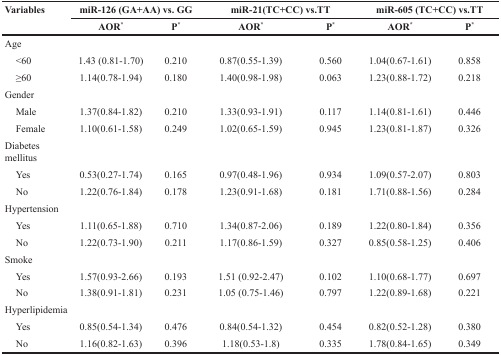
<table><thead><tr><td rowspan="2"><b>Variables</b></td><td colspan="2"><b>miR-126 (GA+AA) vs. GG</b></td><td colspan="2"><b>miR-21(TC+CC) vs.TT</b></td><td colspan="2"><b>miR-605 (TC+CC) vs.TT</b></td></tr><tr><td><b>AOR<sup>*</sup></b></td><td><b>P<sup>*</sup></b></td><td><b>AOR<sup>*</sup></b></td><td><b>P<sup>*</sup></b></td><td><b>AOR<sup>*</sup></b></td><td><b>P<sup>*</sup></b></td></tr></thead><tbody><tr><td>Age</td><td></td><td></td><td></td><td></td><td></td><td></td></tr><tr><td> &lt;60</td><td>1.43 (0.81-1.70)</td><td>0.210</td><td>0.87(0.55-1.39)</td><td>0.560</td><td>1.04(0.67-1.61)</td><td>0.858</td></tr><tr><td> ≥60</td><td>1.14(0.78-1.94)</td><td>0.180</td><td>1.40(0.98-1.98)</td><td>0.063</td><td>1.23(0.88-1.72)</td><td>0.218</td></tr><tr><td>Gender</td><td></td><td></td><td></td><td></td><td></td><td></td></tr><tr><td> Male</td><td>1.37(0.84-1.82)</td><td>0.210</td><td>1.33(0.93-1.91)</td><td>0.117</td><td>1.14(0.81-1.61)</td><td>0.446</td></tr><tr><td> Female</td><td>1.10(0.61-1.58)</td><td>0.249</td><td>1.02(0.65-1.59)</td><td>0.945</td><td>1.23(0.81-1.87)</td><td>0.326</td></tr><tr><td>Diabetes mellitus</td><td></td><td></td><td></td><td></td><td></td><td></td></tr><tr><td> Yes</td><td>0.53(0.27-1.74)</td><td>0.165</td><td>0.97(0.48-1.96)</td><td>0.934</td><td>1.09(0.57-2.07)</td><td>0.803</td></tr><tr><td> No</td><td>1.22(0.76-1.84)</td><td>0.178</td><td>1.23(0.91-1.68)</td><td>0.181</td><td>1.71(0.88-1.56)</td><td>0.284</td></tr><tr><td>Hypertension</td><td></td><td></td><td></td><td></td><td></td><td></td></tr><tr><td> Yes</td><td>1.11(0.65-1.88)</td><td>0.710</td><td>1.34(0.87-2.06)</td><td>0.189</td><td>1.22(0.80-1.84)</td><td>0.356</td></tr><tr><td> No</td><td>1.22(0.73-1.90)</td><td>0.211</td><td>1.17(0.86-1.59)</td><td>0.327</td><td>0.85(0.58-1.25)</td><td>0.406</td></tr><tr><td>Smoke</td><td></td><td></td><td></td><td></td><td></td><td></td></tr><tr><td> Yes</td><td>1.57(0.93-2.66)</td><td>0.193</td><td>1.51 (0.92-2.47)</td><td>0.102</td><td>1.10(0.68-1.77)</td><td>0.697</td></tr><tr><td> No</td><td>1.38(0.91-1.81)</td><td>0.231</td><td>1.05 (0.75-1.46)</td><td>0.797</td><td>1.22(0.89-1.68)</td><td>0.221</td></tr><tr><td>Hyperlipidemia</td><td></td><td></td><td></td><td></td><td></td><td></td></tr><tr><td> Yes</td><td>0.85(0.54-1.34)</td><td>0.476</td><td>0.84(0.54-1.32)</td><td>0.454</td><td>0.82(0.52-1.28)</td><td>0.380</td></tr><tr><td> No</td><td>1.16(0.82-1.63)</td><td>0.396</td><td>1.18(0.53-1.8)</td><td>0.335</td><td>1.78(0.84-1.65)</td><td>0.349</td></tr></tbody></table>